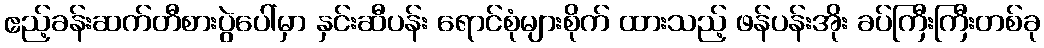
ဧည့်ခန်းဆက်တီစားပွဲပေါ်မှာ နှင်းဆီပန်း ရောင်စုံများစိုက် ထားသည့် ဖန်ပန်းအိုး ခပ်ကြီးကြီးတစ်ခု